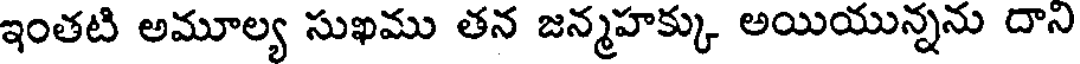
ఇంతటి అమూల్య సుఖము తన జన్మహక్కు అయియున్నను దాని